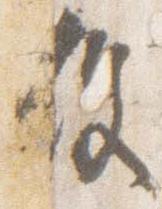
役